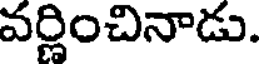
వర్ణించినాడు.